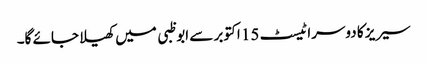
سیریز کا دوسرا ٹیسٹ 15 اکتوبر سے ابوظبی میں کھیلا جائے گا۔